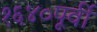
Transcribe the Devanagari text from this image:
१६४०पूर्वी